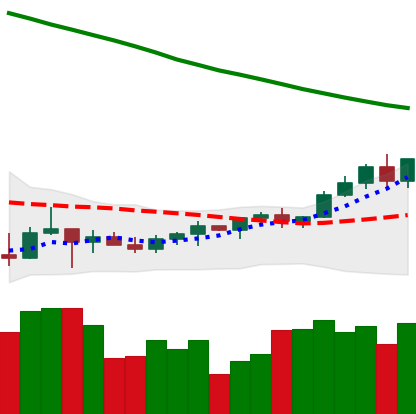
Ticker: TRX-USD
Chart end date: 2022-03-26
Forward return: 11.659%
Label: up_7plus